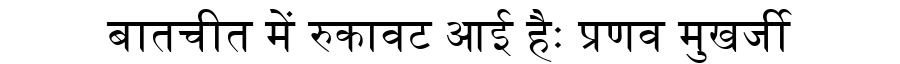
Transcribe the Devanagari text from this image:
बातचीत में रुकावट आई हैः प्रणव मुखर्जी